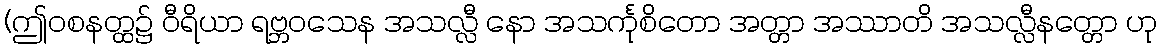
(ဤဝစနတ္ထ၌ ဝီရိယာ ရဗ္ဘဝသေန အသလ္လီ နော အသင်္ကုစိတော အတ္တာ အဿာတိ အသလ္လီနတ္တော ဟု